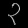
Digit: ၃